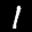
Label: 1